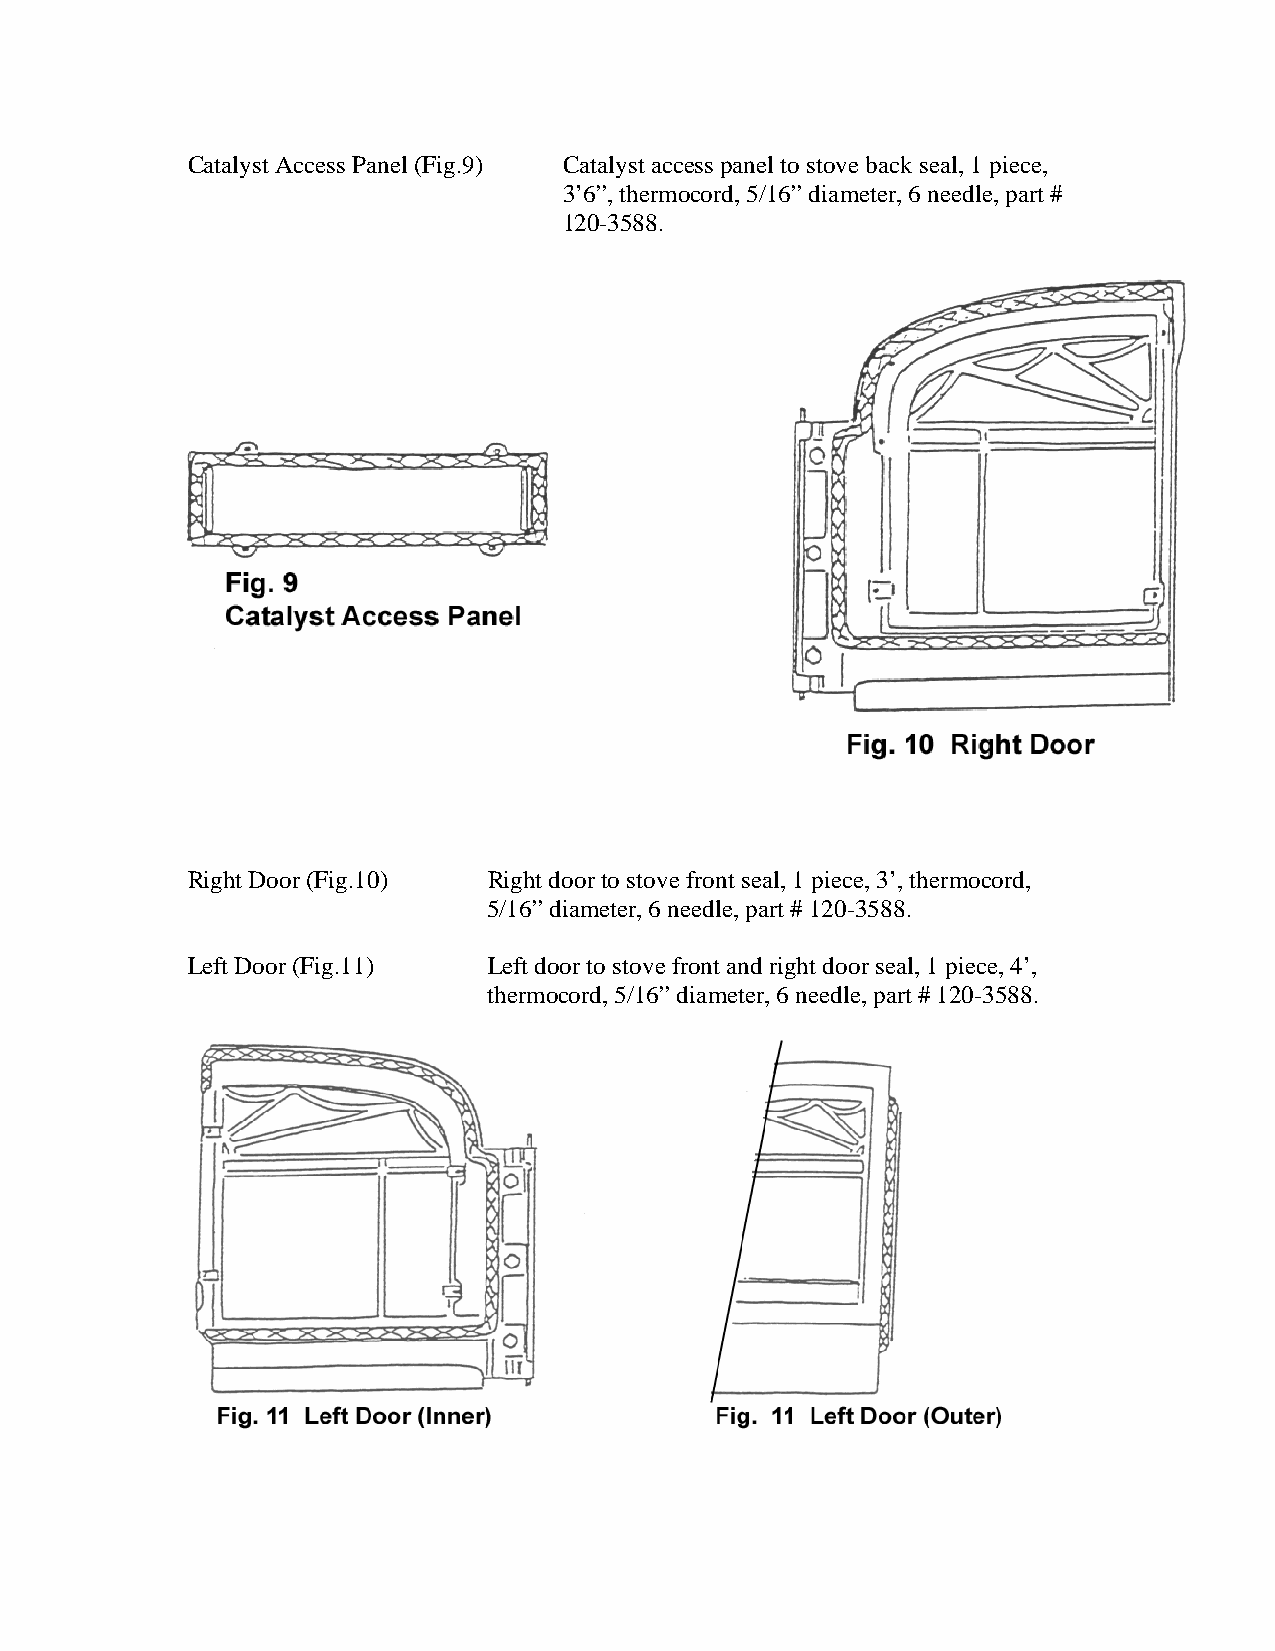
Catalyst Access Panel (Fig.9) Catalyst access panel to stove back seal, 1 piece,
 3’6”, thermocord, 5/16” diameter, 6 needle, part #
 120-3588.
 Right Door (Fig.10) Right door to stove front seal, 1 piece, 3’, thermocord,
 5/16” diameter, 6 needle, part # 120-3588.
 Left Door (Fig.11)  Left door to stove front and right door seal, 1 piece, 4’,
 thermocord, 5/16” diameter, 6 needle, part # 120-3588.